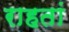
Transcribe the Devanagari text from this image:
राहतां